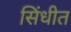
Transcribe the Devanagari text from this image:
सिंधीत